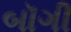
બૉગી